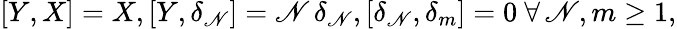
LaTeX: [Y,X]=X,[Y,\delta_{\mathscr{N}}]=\mathscr{N}\, \delta_{\mathscr{N}},[\delta_{\mathscr{N}},\delta_{m}]=0\ \forall\, \mathscr{N},m\geq1,